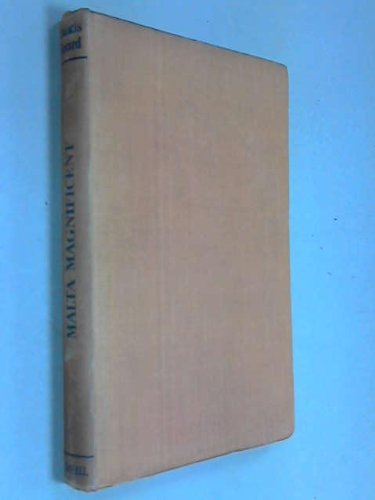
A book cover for Malta Magnificent; Francis Gerard; Travel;